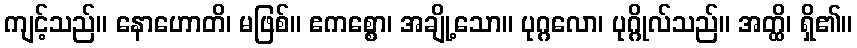
ကျင့်သည်။ နောဟောတိ၊ မဖြစ်။ ဧကစ္စော၊ အချို့သော။ ပုဂ္ဂလော၊ ပုဂ္ဂိုလ်သည်။ အတ္ထိ၊ ရှိ၏။